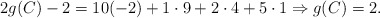
\begin{align*}2g(C)-2=10(-2)+ 1 \cdot 9+2\cdot 4+5\cdot 1 \Rightarrow g(C)=2.\end{align*}